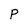
Character: P